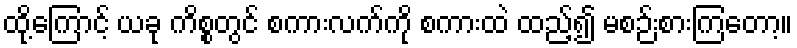
ထို့ကြောင့် ယခု ကိစ္စတွင် စကားလက်ကို စကားထဲ ထည့်၍ မစဉ်းစားကြတော့။